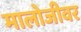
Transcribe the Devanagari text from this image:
मालोजीवर